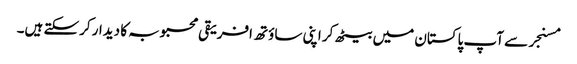
مسنجر سے آپ پاکستان میں بیٹھ کر اپنی ساؤتھ افریقی محبوبہ کا دیدار کرسکتے ہیں۔